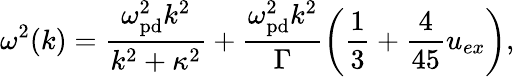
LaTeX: \omega^{2}(k)=\frac{\omega_{\mathrm{pd}}^{2}k^{\mathrm{2}}}{k^{\mathrm{2}}+\kappa^{\mathrm{2}}}+\frac{\omega_{\mathrm{pd}}^{2}k^{2}}{\Gamma}\left(\frac{1}{3}+\frac{4}{45}u_{ex}\right),